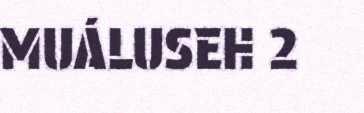
MUÁLUSEH 2